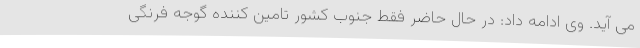
می آید. وی ادامه داد: در حال حاضر فقط جنوب کشور تامین کننده گوجه فرنگی